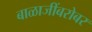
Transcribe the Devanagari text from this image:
बाळाजींबरोबर